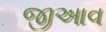
જીઆવ